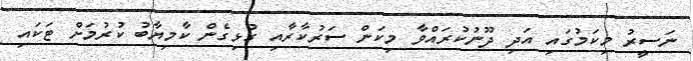
ނަސީރު މިކަމުގައި އަދި ދޫނުކުރައްވާ މިކަން ސަރުކާރާއި ގުޅިގެން ކާމިޔާބު ކުރުމަށް ޓަކައި